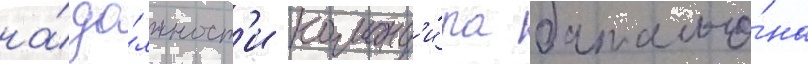
на́ до́лжност'и команд'и́ра батальо́на